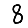
Digit: 8